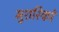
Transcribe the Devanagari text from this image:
मुशरिकों